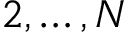
2 , \ldots , N